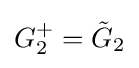
G_{2}^{+}={\tilde {G}}_{2}